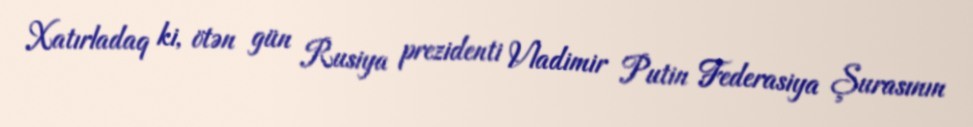
Xatırladaq ki, ötən gün Rusiya prezidenti Vladimir Putin Federasiya Şurasının